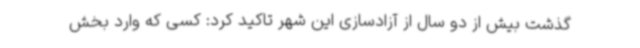
گذشت بیش از دو سال از آزادسازی این شهر تاکید کرد: کسی که وارد بخش